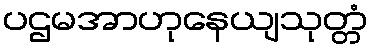
ပဌမအာဟုနေယျသုတ္တံ